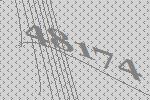
48174